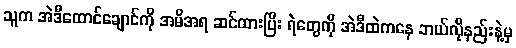
သူက အဲဒီထောင်ချောင်ကို အမိအရ ဆင်ထားပြီး ရဲတွေကို အဲဒီထဲကနေ ဘယ်လိုနည်းနဲ့မှ